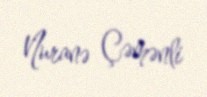
Nuranə Çəmənli